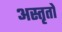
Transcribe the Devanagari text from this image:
अस्तृतो